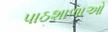
પાઠશાળાઓ